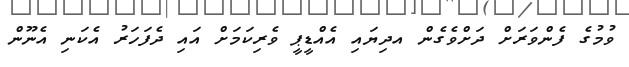
ވުމުގެ ފެންވަރަށް ދަށްވެގެން އދިޔައި އެއްޑީޕީ ވެރިކަމަށް އައި ދެފަހަރު އެކަނި އެނޫން